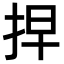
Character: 𢫵